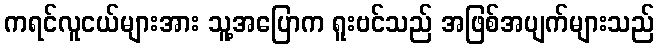
ကရင်လူငယ်များအား သူ့အပြောက ရူးဗင်သည် အဖြစ်အပျက်များသည်